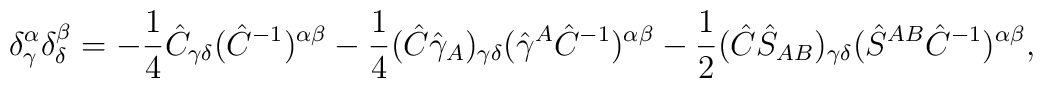
\delta^\alpha_\gamma \delta^\beta_\delta = -\frac14 \hat C_{\gamma\delta}  (\hat C^{-1})^{\alpha\beta} -\frac14 (\hat C \hat\gamma_A)_{\gamma\delta}  (\hat\gamma^A\hat C^{-1})^{\alpha\beta}  -\frac12 (\hat C \hat S_{AB})_{\gamma\delta}  (\hat S^{AB} \hat C^{-1})^{\alpha\beta},